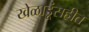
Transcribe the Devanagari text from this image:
खेळाडूंसहीत